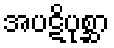
အပဋိပုစ္ဆာ